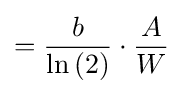
={\frac {b}{\ln \left(2\right)}}\cdot {\frac {A}{W}}